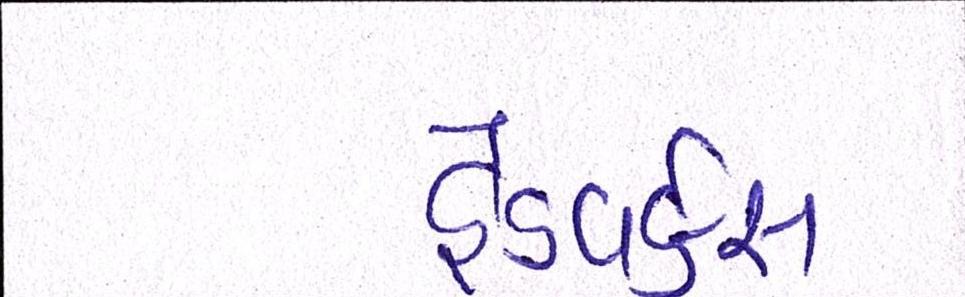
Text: હેડવર્કસ